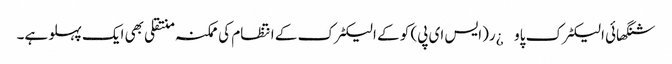
شنگھائی الیکٹرک پاو¿ر(ایس ای پی) کو کے الیکٹرک کے انتظام کی ممکنہ منتقلی بھی ایک پہلو ہے۔